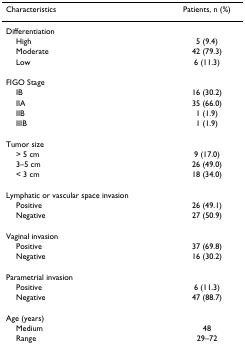
<table><thead><tr><td><b>Characteristics</b></td><td><b>Patients, n (%)</b></td></tr></thead><tbody><tr><td>Differentiation</td><td></td></tr><tr><td> High</td><td>5 (9.4)</td></tr><tr><td> Moderate</td><td>42 (79.3)</td></tr><tr><td> Low</td><td>6 (11.3)</td></tr><tr><td>FIGO Stage</td><td></td></tr><tr><td> IB</td><td>16 (30.2)</td></tr><tr><td> IIA</td><td>35 (66.0)</td></tr><tr><td> IIB</td><td>1 (1.9)</td></tr><tr><td> IIIB</td><td>1 (1.9)</td></tr><tr><td>Tumor size</td><td></td></tr><tr><td> &gt; 5 cm</td><td>9 (17.0)</td></tr><tr><td> 3–5 cm</td><td>26 (49.0)</td></tr><tr><td> &lt; 3 cm</td><td>18 (34.0)</td></tr><tr><td>Lymphatic or vascular space invasion</td><td></td></tr><tr><td> Positive</td><td>26 (49.1)</td></tr><tr><td> Negative</td><td>27 (50.9)</td></tr><tr><td>Vaginal invasion</td><td></td></tr><tr><td> Positive</td><td>37 (69.8)</td></tr><tr><td> Negative</td><td>16 (30.2)</td></tr><tr><td>Parametrial invasion</td><td></td></tr><tr><td> Positive</td><td>6 (11.3)</td></tr><tr><td> Negative</td><td>47 (88.7)</td></tr><tr><td>Age (years)</td><td></td></tr><tr><td> Medium</td><td>48</td></tr><tr><td> Range</td><td>29–72</td></tr></tbody></table>